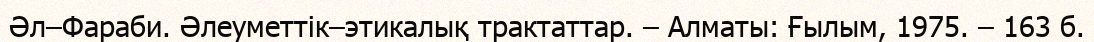
Әл–Фараби. Әлеуметтік–этикалық трактаттар. – Алматы: Ғылым, 1975. – 163 б.